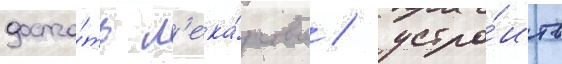
доста́ть л'ека́рство / устро́ить